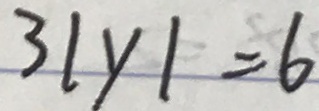
3 \vert y \vert = 6